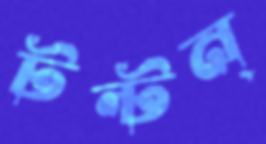
টন্টন্